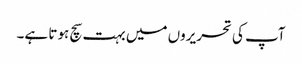
آپ کی تحریروں میں بہت سچ ہوتا ہے۔